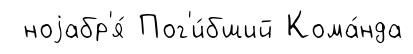
ноjабр'я́ Пог'и́бший Кома́нда